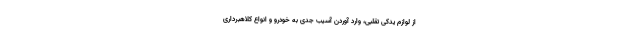
از لوازم یدکی تقلبی، وارد آوردن آسیب جدی به خودرو و انواع کلاهبرداری